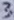
Text: 3